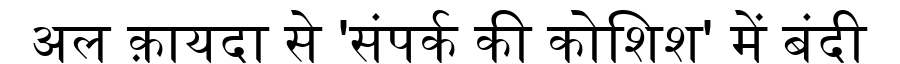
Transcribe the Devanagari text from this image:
अल क़ायदा से 'संपर्क की कोशिश' में बंदी